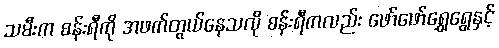
သမီးက စန်းရီကို အဖက်တွယ်နေသလို စန်းရီကလည်း ဖော်ဖော်ရွှေရွေနှင့်